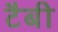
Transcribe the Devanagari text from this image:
टैबी